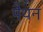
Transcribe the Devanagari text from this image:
पैथन